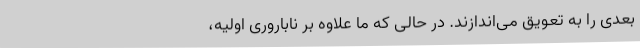
بعدی را به تعویق می‌اندازند. در حالی که ما علاوه بر ناباروری اولیه،